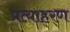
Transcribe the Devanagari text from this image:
प्रत्याहरण